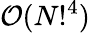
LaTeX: {\cal O}(N!^{4})